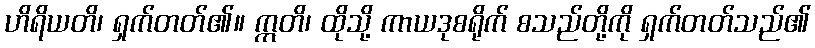
ဟိရိယတိ၊ ရှက်တတ်၏။ ဣတိ၊ ထိုသို့ ကာယဒုစရိုက် စသည်တို့ကို ရှက်တတ်သည်၏